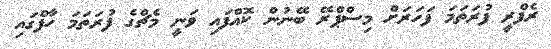
ރެފްރީ ފުރަތަމަ ފަހަރަށް މިސްޕްރޭ ބޭނުން ކޮއްފައި ވަނީ މެޗްގެ ފުރަތަމަ ހާފްގައި